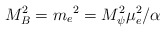
\begin{align*}M_{B}^{2}=m_{e}{}^{2}=M_{\psi}^{2}\mu_{e}^{2}/\alpha\end{align*}